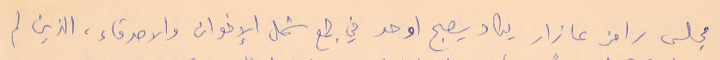
مجلس رامز عازار يكاد يصبح اوحد في جمع شمل الإخوان والاصدقاء، الذين لم